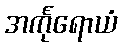
အင်္ကုရောယံ